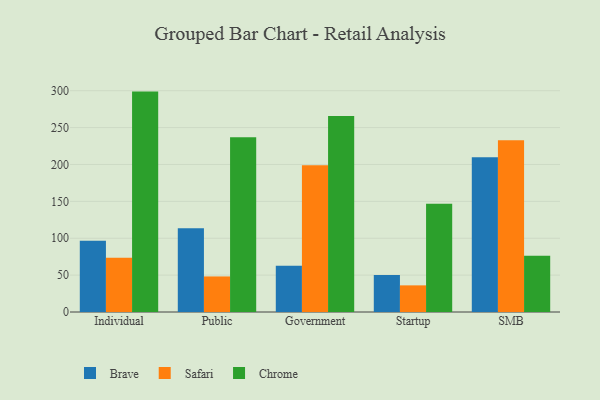
{"axis": {"x": "Segment", "y": "Bounce Rate (%)"}, "legend": ["Brave", "Chrome", "Safari"], "data": [{"x": "Individual", "y": 96.5, "type": "Brave"}, {"x": "Individual", "y": 73.6, "type": "Safari"}, {"x": "Individual", "y": 298.8, "type": "Chrome"}, {"x": "Public", "y": 113.4, "type": "Brave"}, {"x": "Public", "y": 48.2, "type": "Safari"}, {"x": "Public", "y": 237.0, "type": "Chrome"}, {"x": "Government", "y": 62.8, "type": "Brave"}, {"x": "Government", "y": 199.0, "type": "Safari"}, {"x": "Government", "y": 265.7, "type": "Chrome"}, {"x": "Startup", "y": 50.3, "type": "Brave"}, {"x": "Startup", "y": 36.1, "type": "Safari"}, {"x": "Startup", "y": 146.7, "type": "Chrome"}, {"x": "SMB", "y": 209.7, "type": "Brave"}, {"x": "SMB", "y": 232.8, "type": "Safari"}, {"x": "SMB", "y": 76.1, "type": "Chrome"}]}